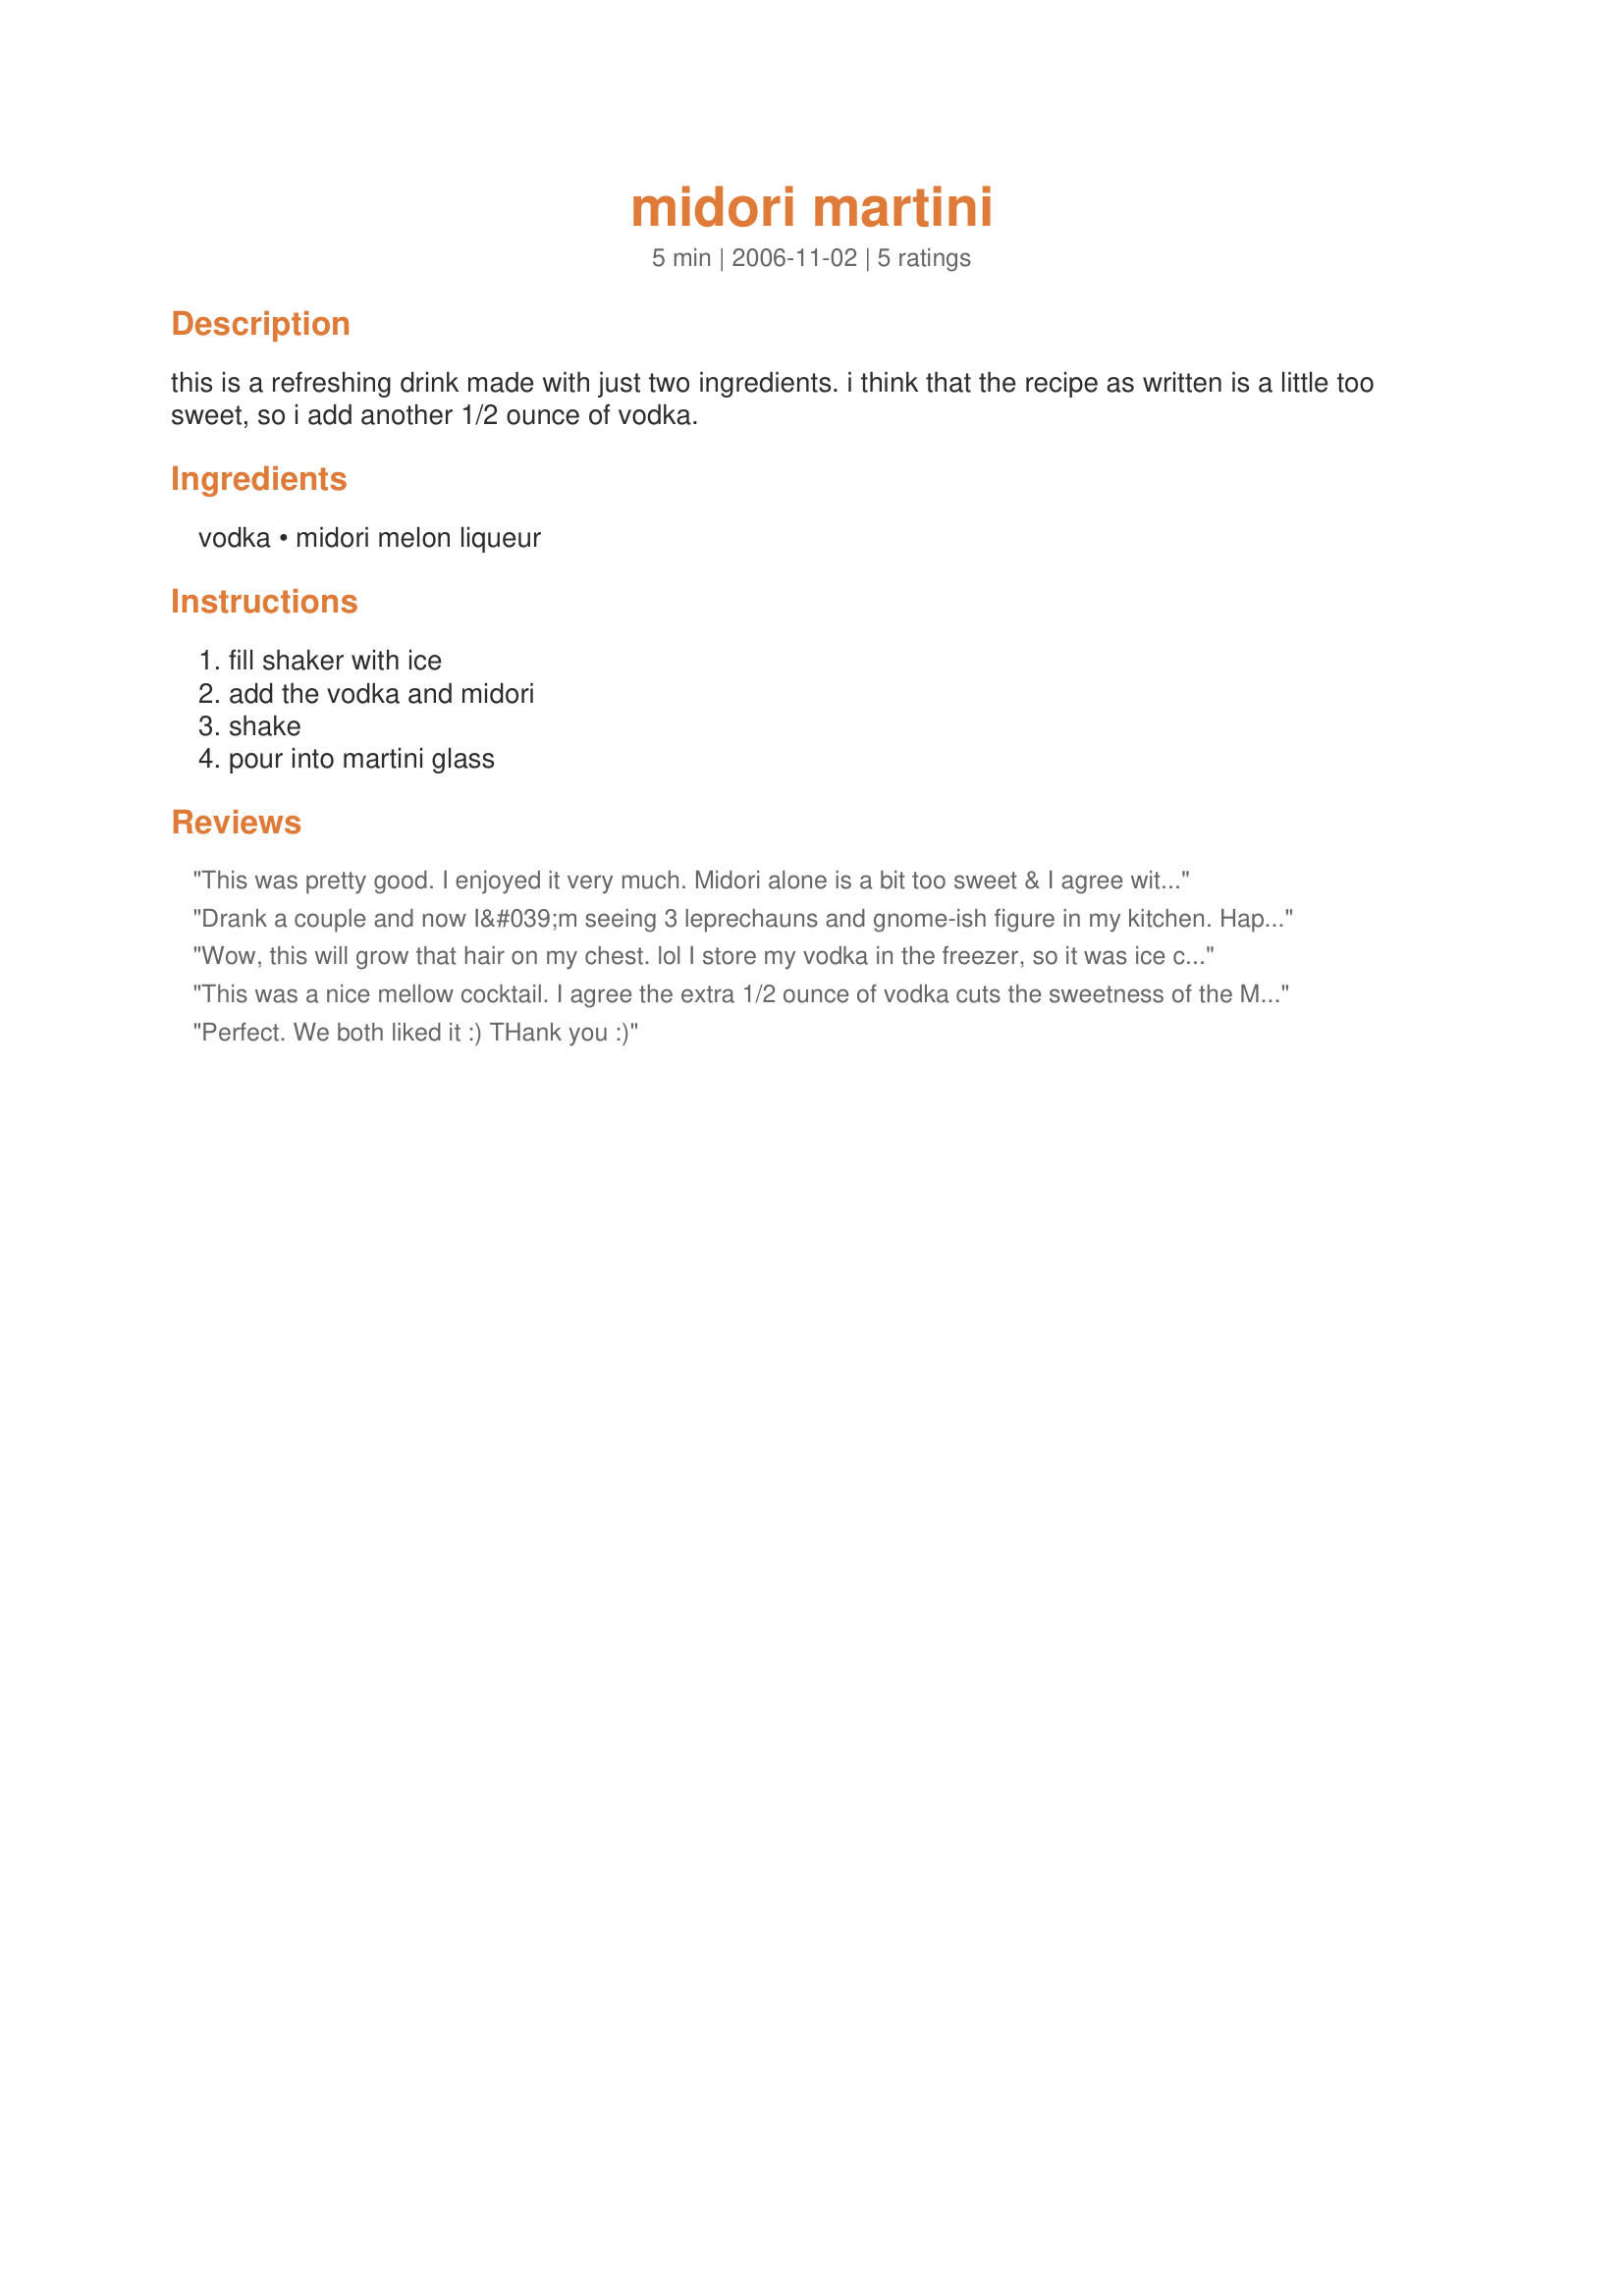
midori martini
Preparation time: 5 minutes

this is a refreshing drink made with just two ingredients. i think that the recipe as written is a little too sweet, so i add another 1/2 ounce of vodka.

Ingredients:
vodka, midori melon liqueur

Steps:
fill shaker with ice, add the vodka and midori, shake, pour into martini glass

Reviews:
This was pretty good. I enjoyed it very much. Midori alone is a bit too sweet & I agree with Nick's Mom that the vodka toned it down a bit. I also love how simple it is. Thank you for sharing!
Drank a couple and now I&#039;m seeing 3 leprechauns and gnome-ish figure in my
kitchen. Happy St. Patrick&#039;s Day 2015!
Wow, this will grow that hair on my chest. lol

I store my vodka in the freezer, so it was ice cold. I just poured a jigger of both in a glass, added a little ice, swirled. It was wonderful. 

Now, I'm waiting for the ice to melt slightly, which would have been accomplished had I used room temp. vodka; filled the shaker with ice; done as instructed.

Still, the taste is divine, and in a few minutes, after the ice melts slightly, it will be even more divine.

Thanks, lazyme, for a lovely summer drink.
This was a nice mellow cocktail. I agree the extra 1/2 ounce of vodka cuts the sweetness of the Midori. It was a nice way to end a busy day. Than You for sharing. Nick's Mom
Perfect. We both liked it :) THank you :)
